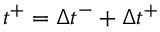
t ^ { + } = \Delta { t } ^ { - } + \Delta { t } ^ { + }